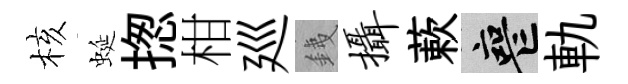
核蜒揔柑廵銕摄蔌喪軌